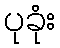
ပုခုံး